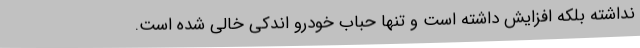
نداشته بلکه افزایش داشته است و تنها حباب خودرو اندکی خالی شده است.